system: You are a helpful assistant.
user:
Analyze the provided spectrum to determine if it is a **White Dwarf (WD)**.

A White Dwarf spectrum is defined by its **extreme purity** (due to gravitational settling) and/or **extreme pressure broadening** (due to high surface gravity). You must check for one of the following mutually exclusive signatures:

- **Key Visual Indicators (Check for ONE of these types):**

    - **1. DA-Type Signature (Most Common):**
        - **(Primary Feature):** Extreme pressure broadening (Stark broadening) of the **Hydrogen (H) Balmer lines**.
        - **(Key Lines):** $H\beta$ (approx. $4861$ Å) and $H\gamma$ (approx. $4340$ Å). $H\alpha$ (approx. $6563$ Å) will also be present if the wavelength range covers it.
        - **(Line Profile):** This is the **defining feature**. The lines are **NOT** sharp. They appear as massive, **extremely broad and deep "troughs" or "dips"** in the spectrum, often hundreds of Ångströms wide. The continuum will appear to "scoop" down at these wavelengths.
        - **(Distinction):** Normal A-type or B-type stars have *narrow* and *sharp* Hydrogen lines. A DA White Dwarf's lines are unmistakably "smeared" or "blurry" from pressure.

    - **2. DB-Type Signature:**
        - **(Primary Feature):** Broad absorption lines from **Neutral Helium (He I)**. The spectrum must lack any visible Hydrogen lines.
        - **(Key Lines):** Look for broad absorption near $4471$ Å, $4921$ Å, and $5876$ Å.
        - **(Line Profile):** These lines are also significantly pressure-broadened, appearing much wider than they would in a normal B-type main-sequence star.

    - **3. DC-Type Signature:**
        - **(Primary Feature):** A **featureless continuous spectrum**.
        - **(Line Profile):** The spectrum is a smooth curve with **no significant absorption or emission lines**.
        - **(Key Confirmation):** The continuum is almost always **blue or white**, indicating a hot object. This signature implies the atmosphere is so pure (or so cool) that no spectral lines are visible in the optical range. Its WD identity is confirmed by its extremely low intrinsic brightness (high absolute magnitude).

    - **4. DZ-Type Signature (Metal-Polluted):**
        - **(Primary Feature):** **Isolated, narrow metal absorption lines** on an otherwise featureless (DC-like) continuum.
        - **(Key Lines):** The **Calcium (Ca II) H & K doublet** (approx. **$3934$ Å** and **$3968$ Å**) is the most common and defining feature.
        - **(Line Profile):** These lines are "out of place." They are *not* part of a "forest" of thousands of lines. This signature is evidence of recent *accretion* (pollution) from rocky debris.
        - **(Distinction):** Normal G/K/M stars have a *dense forest* of thousands of metal lines. A DZ has a *clean* continuum with *only a few* strong metal lines.

    - **5. DQ-Type Signature (Carbon-Polluted):**
        - **(Primary Feature):** Absorption bands from **Carbon (C₂ "Swan Bands" or atomic C I)**.
        - **(Key Lines - C₂):** Look for bandheads with a "saw-tooth" shape near $5635$ Å, **$5165$ Å** (strongest), and $4737$ Å.
        - **(Key Confirmation):** The underlying **continuum must be blue or white** (hot).
        - **(Distinction):** This is the critical difference from a **Carbon Star**, which has the *exact same* C₂ bands but on an extremely **red, cool** continuum.

- **(Overall Spectrum):**
    - The continuum (overall shape) is typically **blue-sloping** (brighter in the blue than the red), as most white dwarfs are very hot.
    - The spectrum will look "pure" or "simple," dominated by only *one* of the five signatures listed above.

Think first, call **spectral_visualization_tool** if needed to examine features in detail, then provide your final answer. Your response must adhere to the following strict rules:
1.  **Overall Structure:** Your response must follow the format `<think>...</think> <tool_call>...</tool_call> (if a tool is used) <answer>...</answer>`.
2.  **Tool Usage Constraint:** You may only make **one** tool call per turn.
3.  **Final Answer Format:** In the `<answer>` tag, your conclusion must be inside a `\boxed{}` command (e.g., `\boxed{YES}` or `\boxed{NO}`), followed by your justification.

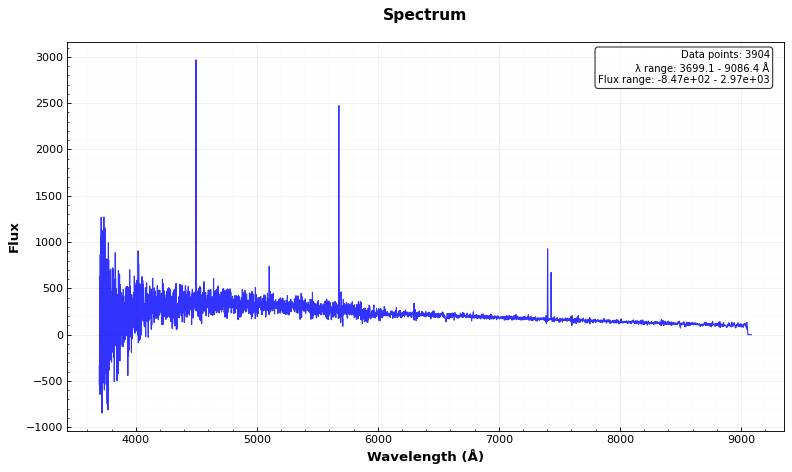
Answer: NO